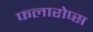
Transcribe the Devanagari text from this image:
फलारोप्स